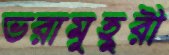
ভরামুহুরী